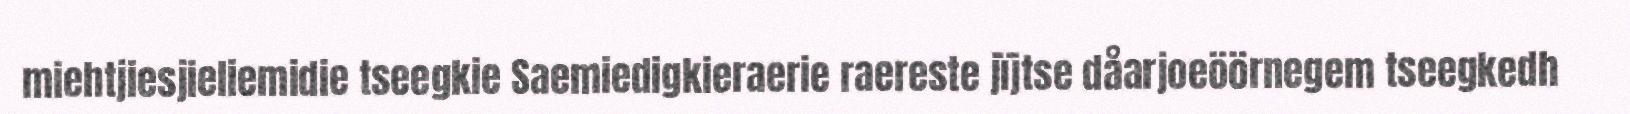
miehtjiesjieliemidie tseegkie Saemiedigkieraerie raereste jïjtse dåarjoeöörnegem tseegkedh